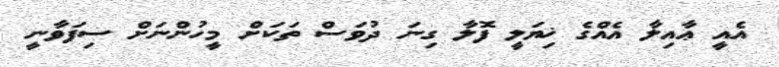
އެއީ ޢާއިލާ އެއްގެ ޚިޔަލީ ފޮލާ ގިނަ ދުވަސް ތަކަށް މީހުންނަށް ސިފަވާނީ